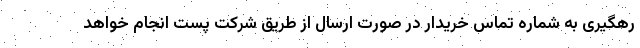
رهگیری به شماره تماس خریدار در صورت ارسال از طریق شرکت پست انجام خواهد